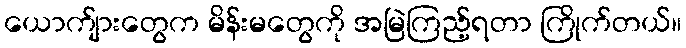
ယောက်ျားတွေက မိန်းမတွေကို အမြဲကြည့်ရတာ ကြိုက်တယ်။